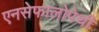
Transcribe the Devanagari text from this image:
एनसेफालोपेथी